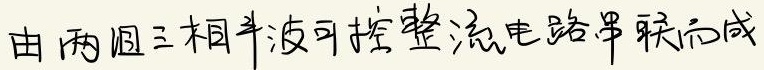
由两组三相半波可控整流电路串联而成